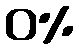
ဝ%